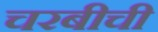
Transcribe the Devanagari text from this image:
चरबीची